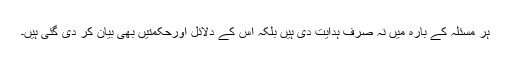
ہر مسئلہ کے بارہ میں نہ صرف ہدایت دی ہیں بلکہ اس کے دلائل اورحکمتیں بھی بیان کر دی گئی ہیں۔